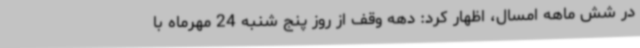
در شش ماهه امسال، اظهار کرد: دهه وقف از روز پنج شنبه 24 مهرماه با